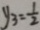
y _ { 3 } = \frac { 1 } { 2 }